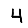
Digit: 4